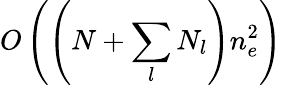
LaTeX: O\left(\left(N+\sum_{l}N_{l}\right)n_{e}^{2}\right)